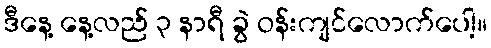
ဒီနေ့ နေ့လည် ၃ နာရီ ခွဲ ဝန်းကျင်လောက်ပေါ့။